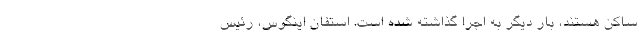
ساکن هستند، بار دیگر به اجرا گذاشته شده است. استفان اینگوِس، رئیس